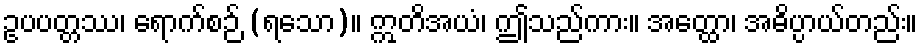
ဥပပတ္တဿ၊ ရောက်စဉ် (ရသော)။ ဣတိအယံ၊ ဤသည်ကား။ အတ္ထော၊ အဓိပ္ပာယ်တည်း။